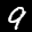
Label: 9